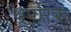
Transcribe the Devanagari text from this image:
थूर्पारक